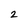
Character: 2